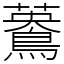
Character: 𪃳